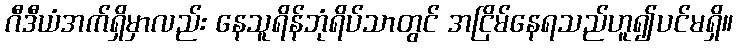
ဂီဒီယံအက်ရှိမှာလည်း နေသူရိန်ဘုံရိပ်သာတွင် အငြိမ်နေရသည်ဟူ၍ပင်မရှိ။